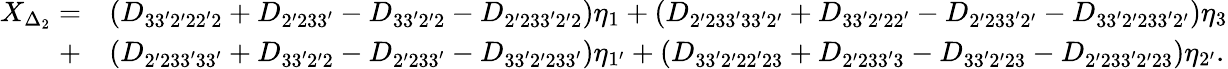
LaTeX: \begin{array}{rl}{X_{\Delta_{2}}=}&{\left({{D_{33^{\prime}2^{\prime}22^{\prime}2}}+{D_{2^{\prime}233^{\prime}}}-{D_{33^{\prime}2^{\prime}2}}-{D_{2^{\prime}233^{\prime}2^{\prime}2}}}\right){\eta_{1}}+\left({{D_{2^{\prime}233^{\prime}33^{\prime}2^{\prime}}}+{D_{33^{\prime}2^{\prime}22^{\prime}}}-{D_{2^{\prime}233^{\prime}2^{\prime}}}-{D_{33^{\prime}2^{\prime}233^{\prime}2^{\prime}}}}\right){\eta_{3}}}\\ {+}&{\left({{D_{2^{\prime}233^{\prime}33^{\prime}}}+{D_{33^{\prime}2^{\prime}2}}-{D_{2^{\prime}233^{\prime}}}-{D_{33^{\prime}2^{\prime}233^{\prime}}}}\right){\eta_{1^{\prime}}}+\left({{D_{33^{\prime}2^{\prime}22^{\prime}23}}+{D_{2^{\prime}233^{\prime}3}}-{D_{33^{\prime}2^{\prime}23}}-{D_{2^{\prime}233^{\prime}2^{\prime}23}}}\right){\eta_{2^{\prime}}}.}\end{array}